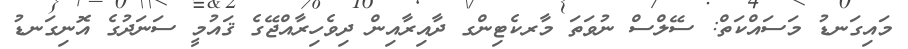
މައިގަނޑު މަސައްކަތް: ސޭލްސް ނުވަތަ މާރކެޓިންގ ދާއިރާއިން ދިވެހިރާއްޖޭގެ ޤައުމީ ސަނަދުގެ އޮނިގަނޑު